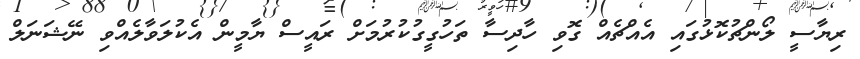
ރިޔާސީ ލޯންޗުކޮޅުގައި އެއްޗެއް ގޮވި ހާދިސާ ތަހުގީގުކުރުމަށް ރައީސް ޔާމީން އެކުލަވާލެއްވި ނޭޝަނަލް